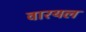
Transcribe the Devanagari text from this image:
वारयल